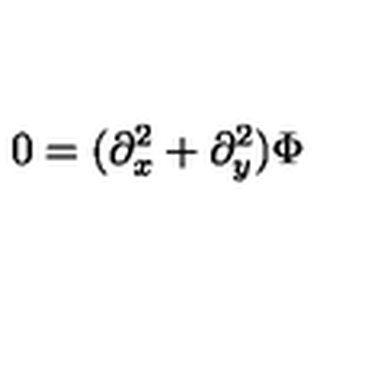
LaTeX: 0 = ( \partial _ { x } ^ { 2 } + \partial _ { y } ^ { 2 } ) \Phi